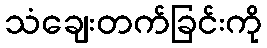
သံချေးတက်ခြင်းကို